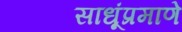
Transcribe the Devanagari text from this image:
साधूंप्रमाणे